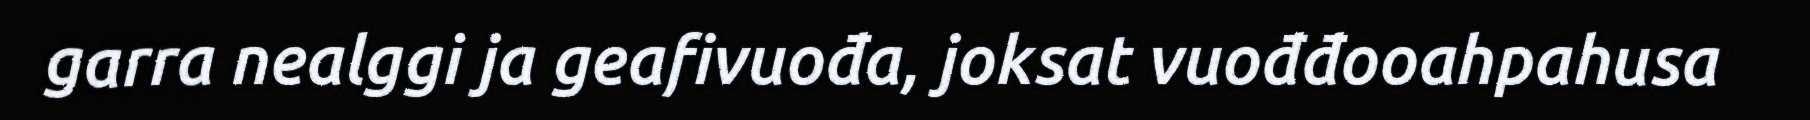
garra nealggi ja geafivuođa, joksat vuođđooahpahusa